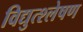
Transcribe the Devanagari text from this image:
विद्युत्श्लेषण